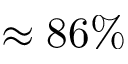
\approx 8 6 \%